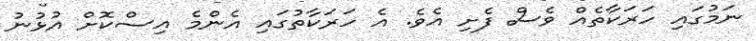
ނަމުގައި ހަރަކާތެއް ވެސް ފެށި އެވެ. އެ ހަރަކާތުގައި އެންމެ އިސްކޮށް އުޅުނު